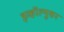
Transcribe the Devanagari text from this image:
इव्हॉल्युशन